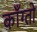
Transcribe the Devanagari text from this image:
काँग्तो